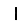
Digit: 1